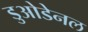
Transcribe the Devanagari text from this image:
डुओडेनल